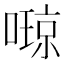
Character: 𫫩